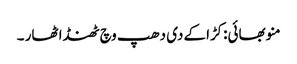
منو بھائی:کڑاکے دی دھپ وچ ٹھنڈا ٹھار ۔